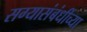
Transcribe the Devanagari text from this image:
सग्यासंबंधींच्या